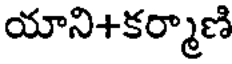
యాని+కర్మాణి